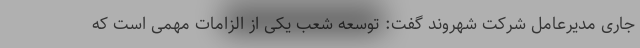
جاری مدیرعامل شرکت شهروند گفت: توسعه شعب یکی از الزامات مهمی است که